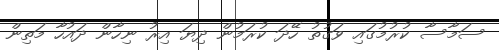
ސަމާސާ ކުރުމުގައި ވަގުތު ހޭދަ ކުރަމުން ދިޔަ އިރު ނިހާން ދައުހާ މަތިން